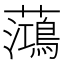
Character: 𫊓